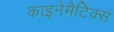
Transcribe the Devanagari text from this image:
काइनेमैटिक्स